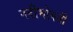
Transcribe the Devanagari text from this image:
नदीभोवती